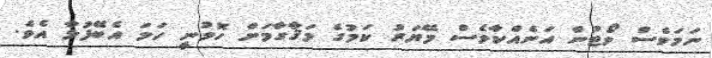
ނަމަވެސް ވޯޓުން އަނެއްކާވެސް މޭޔަރު ކަމުގެ މަޤާގާމަށް ހޮވުނީ ހަމަ އެބޭފުޅާ އެވެ.